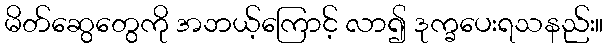
မိတ်ဆွေတွေကို အဘယ့်ကြောင့် လာ၍ ဒုက္ခပေးရသနည်း။